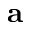
\mathbf { a }